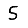
Digit: 5